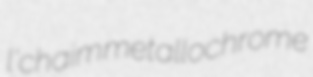
l'chaim metallochrome